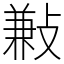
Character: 㪠